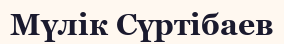
Мүлік Сүртібаев